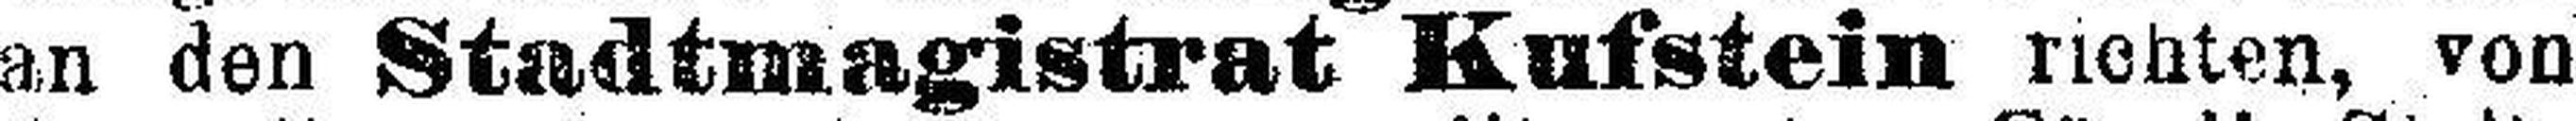
an den Stadtmagistrat Kufstein richten, von